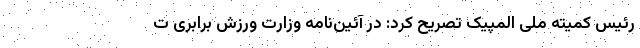
رئیس کمیته ملی المپیک تصریح کرد: در آئین‌نامه وزارت ورزش برابری ت